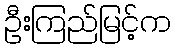
ဦးကြည်မြင့်က